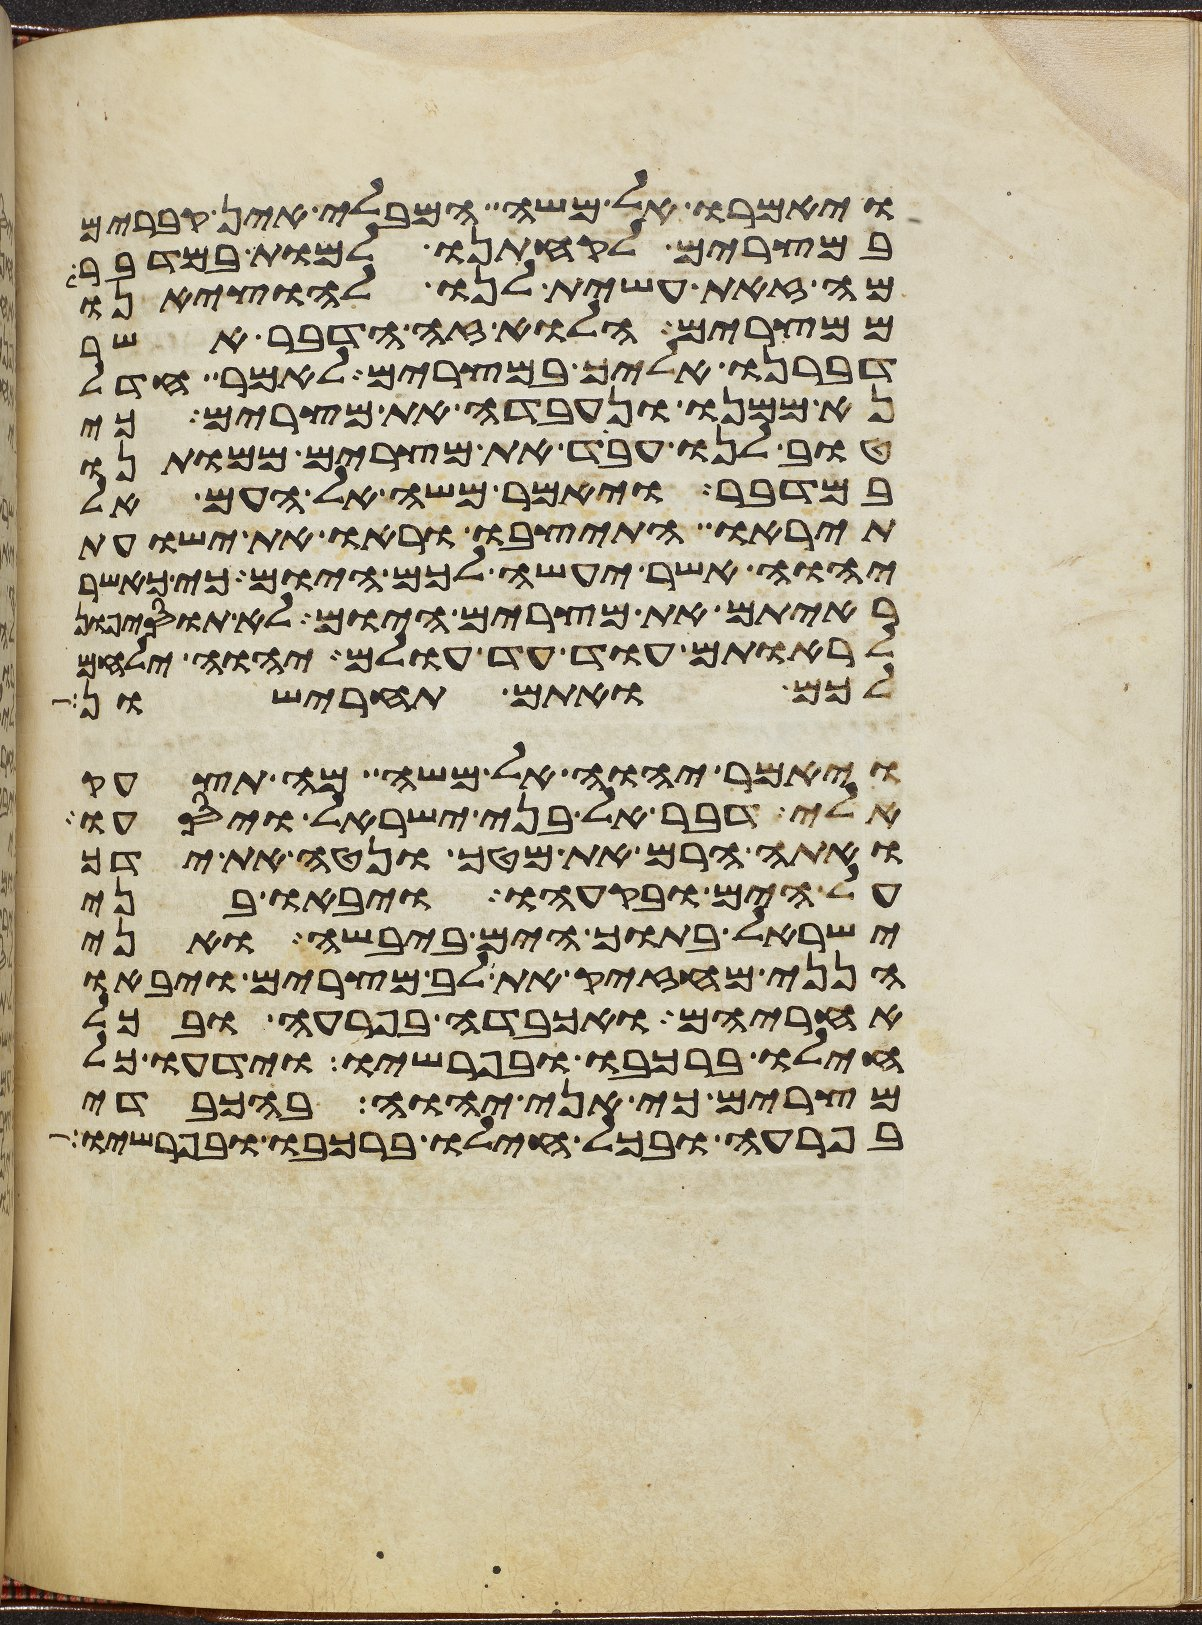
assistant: ויאמרו אל משה המבלי אין קברים
במצרים לקחתנו למות במדבר
מה זאת עשית לנו להוציאנו
ממצרים הלוא זה הדבר אשר
דברנו אליך במצרים לאמר חדל
נא ממנו ונעבדה את מצרים כי
טוב לנו עבד את מצרים ממותנו
במדבר ויאמר משה אל העם אל
תיראו התיצבו וראו את ישועת
יהוה אשר יעשה לכם היום כי כאשר
ראיתם את מצרים היום לא תוסיפון
לראותם עוד עד עולם יהוה ילחם
לכם ואתם תחרישון
ויאמר יהוה אל משה מה תצעק
אלי דבר אל בני ישראל ויסעו
ואתה הרם את מטך ונטה את ידך
על הים ובקעהו ויבאו בני
ישראל בתוך הים ביבשה ואני
הנני מחזיק את לב מצרים ויבאו
אחריהם ואכבדה בפרעה ובכל
חילו ברכבו ובפרשיו וידעו כל
מצרים כי אני יהוה בהכבדי
בפרעה ובכל חילו ברכבו ובפרשיו